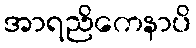
အာရညိကေနာပိ